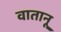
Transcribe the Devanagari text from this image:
वातानू